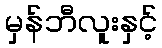
မှန်ဘီလူးနှင့်